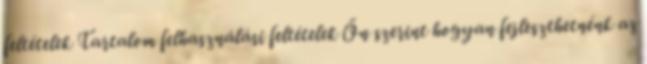
feltételek Tartalom felhasználási feltételek Ön szerint hogyan fejleszthetnénk az